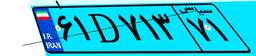
۶۱D۷۱۳۷۱